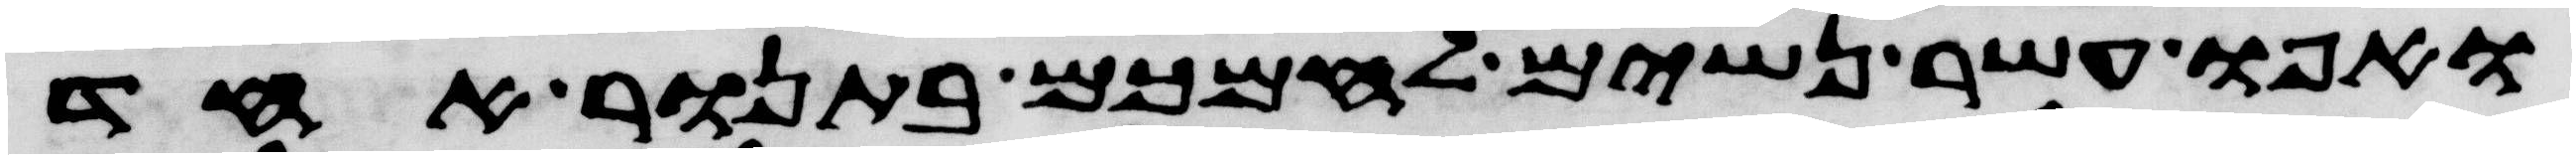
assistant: ואפו עשר נשים לחמכם בתנור אחד